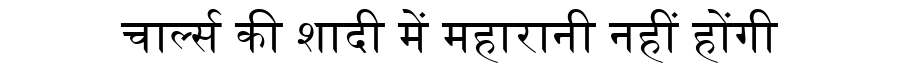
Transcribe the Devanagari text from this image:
चार्ल्स की शादी में महारानी नहीं होंगी